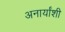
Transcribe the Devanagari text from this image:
अनार्यांशी